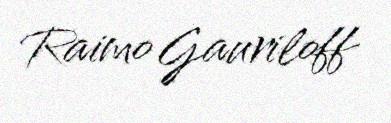
Raimo Gauriloff